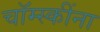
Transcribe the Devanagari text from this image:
चॉम्स्कींना